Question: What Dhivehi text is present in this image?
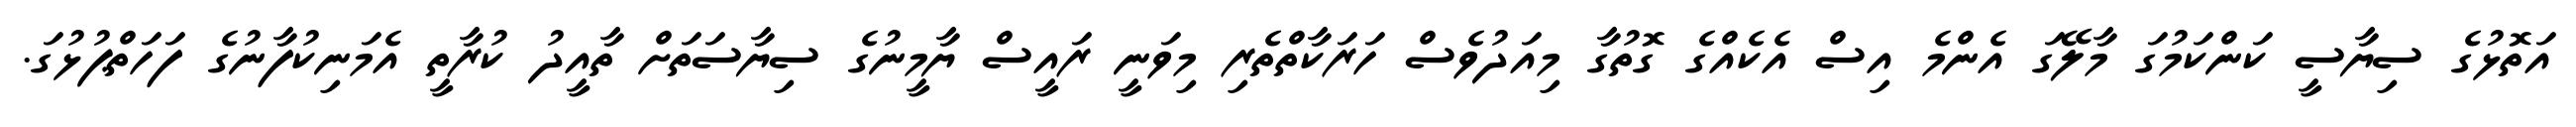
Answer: އަތޮޅުގެ ސިޔާސީ ކަންކަމުގަ މާލޭގަ އެންމެ އިސް އެކެއްގެ ގޮތުގާ މިއަދުވެސް ހަރަކާތްތެރި މިވަނީ ރައީސް ޔާމީނުގެ ސިޔާސަތަށް ތާއީދު ކުރާތީ އެމަނިކުފާނުގެ ފަހަތްޕުޅުގަ.